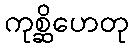
ကုစ္ဆိဟေတု